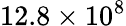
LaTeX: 12.8\times 10^{8}